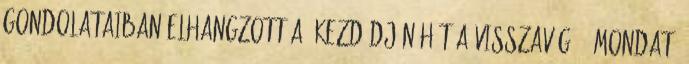
gondolataiban elhangzott a „Kezdődjön hát a visszavágó ” mondat.